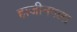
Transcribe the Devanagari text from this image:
हाजीनगला